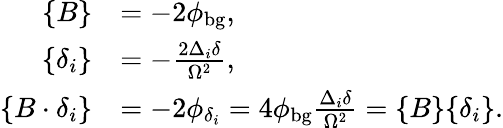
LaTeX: \begin{array}{rl}{\{ B\} }&{=-2\phi_{\mathrm{bg}},}\\ {\{ \delta_{i}\} }&{=-\frac{2\Delta_{i}\delta}{\Omega^{2}},}\\ {\{ B\cdot\delta_{i}\} }&{=-2\phi_{\delta_{i}}=4\phi_{\mathrm{bg}}\frac{\Delta_{i}\delta}{\Omega^{2}}=\{ B\} \{ \delta_{i}\} .}\end{array}